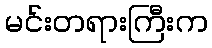
မင်းတရားကြီးက